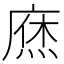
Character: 𢊒